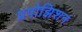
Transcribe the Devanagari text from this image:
प्रपोझिशन